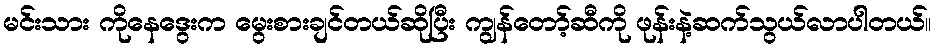
မင်းသား ကိုနေဒွေးက မွေးစားချင်တယ်ဆိုပြီး ကျွန်တော့်ဆီကို ဖုန်းနဲ့ဆက်သွယ်လာပါတယ်။